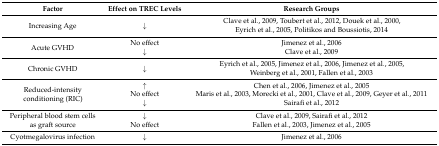
| Factor | Effect on TREC Levels | Research Groups |
 | --- | --- | --- |
 | Increasing Age | ↓ | Clave et al., 2009, Toubert et al., 2012, Douek et al., 2000, Eyrich et al., 2005, Politikos and Boussiotis, 2014 |
 | <ROWSPAN=2> Acute GVHD | No effect | Jimenez et al., 2006 |
 | ↓ | Clave et al., 2009 |
 | Chronic GVHD | ↓ | Eyrich et al., 2005, Jimenez et al., 2006, Jimenez et al., 2005, Weinberg et al., 2001, Fallen et al., 2003 |
 | <ROWSPAN=3> Reduced-intensity conditioning (RIC) | ↑ | Chen et al., 2006, Jimenez et al., 2005 |
 | No effect | Maris et al., 2003, Morecki et al., 2001, Clave et al., 2009, Geyer et al., 2011 |
 | ↓ | Sairafi et al., 2012 |
 | Peripheral blood stem cells as graft source | ↓No effect | Clave et al., 2009, Sairafi et al., 2012Fallen et al., 2003, Jimenez et al., 2005 |
 | Cyotmegalovirus infection | ↓ | Jimenez et al., 2006 |